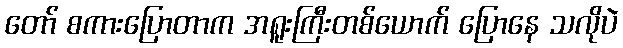
တော် စကားပြောတာက အရူးကြီးတစ်ယောက် ပြောနေ သလိုပဲ